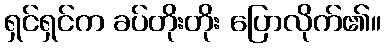
ရှင်ရှင်က ခပ်တိုးတိုး ပြောလိုက်၏။